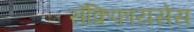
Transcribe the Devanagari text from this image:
सॅक्रिफायसेस